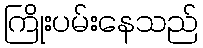
ကြိုးပမ်းနေသည်